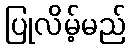
ပြုလိမ့်မည်